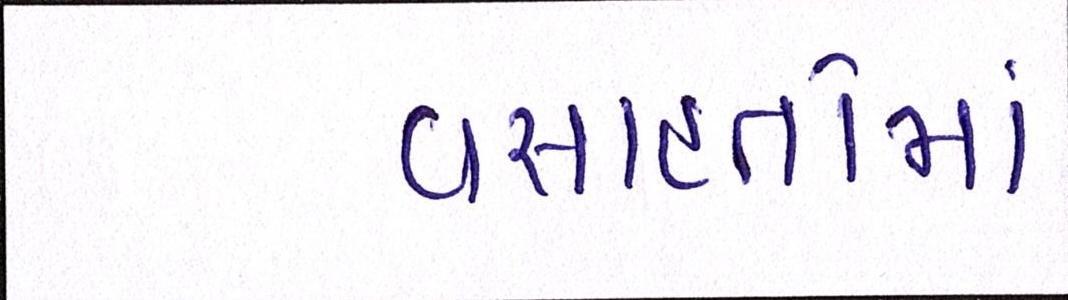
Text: વસાહતોમાં